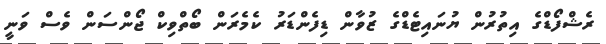
ރެޝްފޯޑްގެ އިތުރުން ޔުނައިޓެޑްގެ ޒުވާން ޑިފެންޑަރު ކެމެރަން ބޯތްވިކް ޖޯންސަން ވެސް ވަނީ